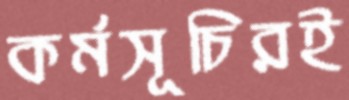
কর্মসূচিরই